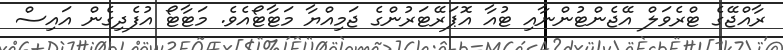
ރާއްޖޭގެ ޓްރެވަލް އޭޖެންޓުންނާއި ޓުއާ އޮޕަރޭޓަރުންގެ ޖަމިއްޔާ މަޓާޓޯއެވެ. މަޓާޓޯ އުފެދިގެން އައިސް